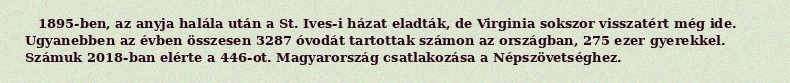
1895-ben, az anyja halála után a St. Ives-i házat eladták, de Virginia sokszor visszatért még ide. Ugyanebben az évben összesen 3287 óvodát tartottak számon az országban, 275 ezer gyerekkel. Számuk 2018-ban elérte a 446-ot. Magyarország csatlakozása a Népszövetséghez.